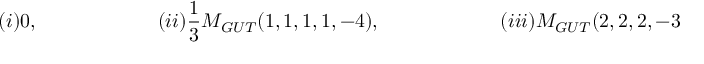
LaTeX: ( i ) 0 , \qquad \qquad \qquad ( i i ) \frac { 1 } { 3 } M _ { G U T } ( 1 , 1 , 1 , 1 , - 4 ) , \qquad \qquad \qquad ( i i i ) M _ { G U T } ( 2 , 2 , 2 , - 3 , - 3 )